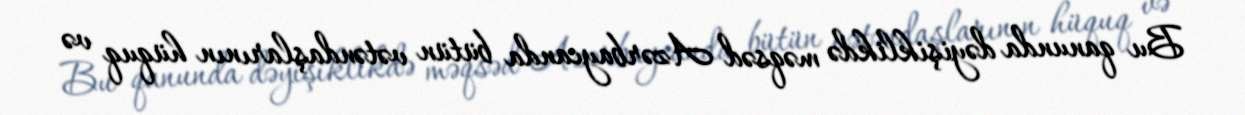
Bu qanunda dəyişiklikdə məqsəd Azərbaycanda bütün vətəndaşlarının hüquq və